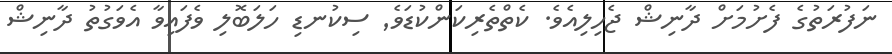
ނަފުރަތުގެ ފެށުމަށް ދާނިޝް ޖެހިލިއެވެ. ކެތްތެރިކަންކުޑަވެ